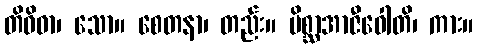
တိဝိဓာ၊ သော။ စေတနာ၊ တည်း။ မိစ္ဆာအာဇီဝေါတိ၊ ကား။